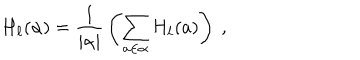
LaTeX: H _ { \ell } ( \alpha ) = { \frac { 1 } { | \alpha | } } \left( \sum _ { a \in \alpha } H _ { \ell } ( a ) \right) ~ ,